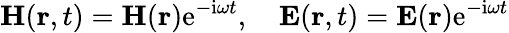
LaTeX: {\mathbf H}({\mathbf r},t)={\mathbf H}({\mathbf r})\mathrm{e}^{-\mathrm{i}\omega t},\quad{\mathbf E}({\mathbf r},t)={\mathbf E}({\mathbf r})\mathrm{e}^{-\mathrm{i}\omega t}